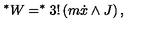
^ { \ast } W = ^ { * } 3 ! \left( m \dot { x } \wedge J \right) ,